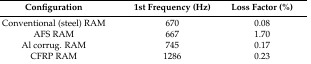
| Configuration | 1st Frequency (Hz) | Loss Factor (%) |
 | --- | --- | --- |
 | Conventional (steel) RAM | 670 | 0.08 |
 | AFS RAM | 667 | 1.70 |
 | Al corrug. RAM | 745 | 0.17 |
 | CFRP RAM | 1286 | 0.23 |